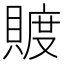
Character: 𧶴